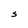
Character: s